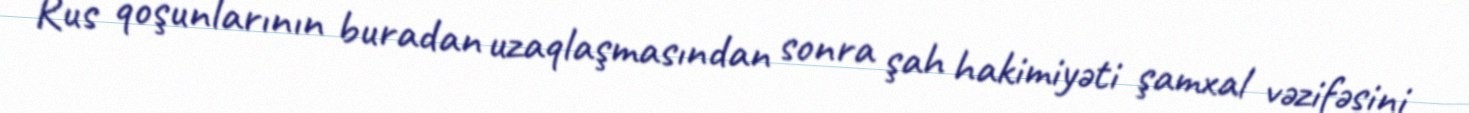
Rus qoşunlarının buradan uzaqlaşmasından sonra şah hakimiyəti şamxal vəzifəsini